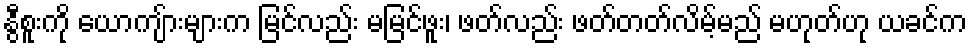
နွီစူးကို ယောကျ်ားများက မြင်လည်း မမြင်ဖူး၊ ဖတ်လည်း ဖတ်တတ်လိမ့်မည် မဟုတ်ဟု ယခင်က